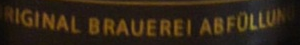
RIGINAL BRAUEREI ABFULLUN